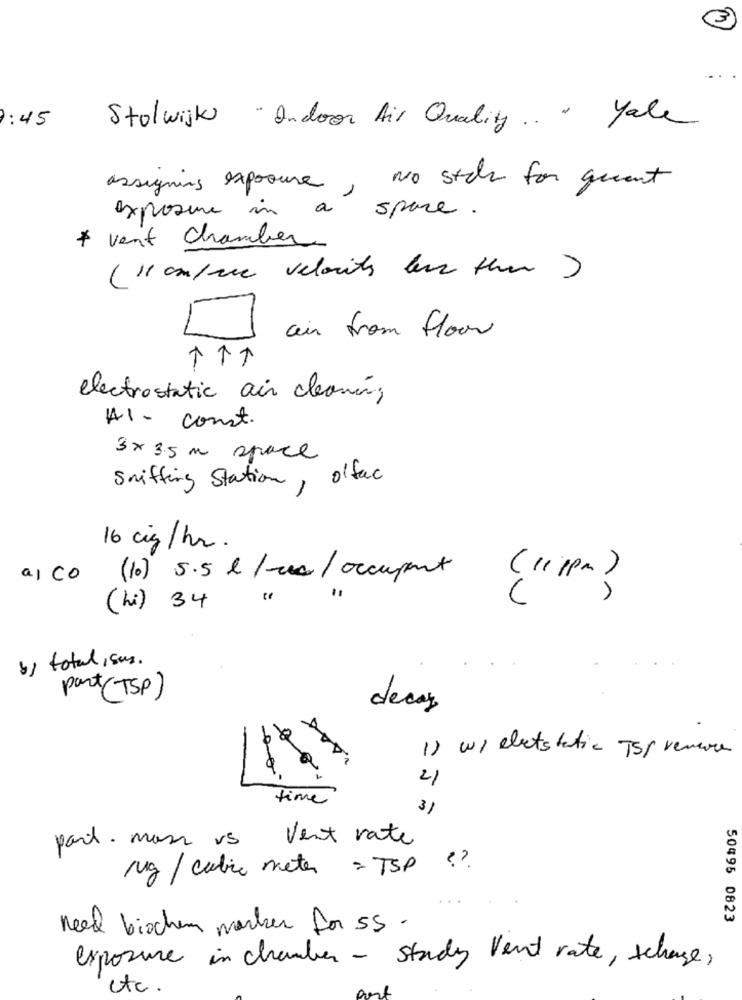
3
7:45
Stolwijk " Indoor Air Quality .. . Yale
assigning exposure, No sten for queent
exposure in
space .
* vent Chamber
(l'autree velorits less than )
air from flour
electrostatic air cleaning
41 - const.
3x 3.5 m space
Sniffing Station, offac
16 cig/hr.
a co
(10) 5.5 &/me/occupent (" ppm )
(hi) 34
b) total, sus.
part(TSP)
decay
1) wieletstatic JSP renau
21
time
3)
Vent rate
part. mass vs
Mg / cubic meter = TSP ??
50495 0823
need bischen marker for 55 .
exposure in chamber - study vent rate, schaue,
etc